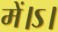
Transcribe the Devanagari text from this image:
में।ऽ।